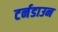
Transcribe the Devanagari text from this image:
टर्नडाउन